On the morphology, teratology, and diclinism of the flowers of cannabis - Number 12
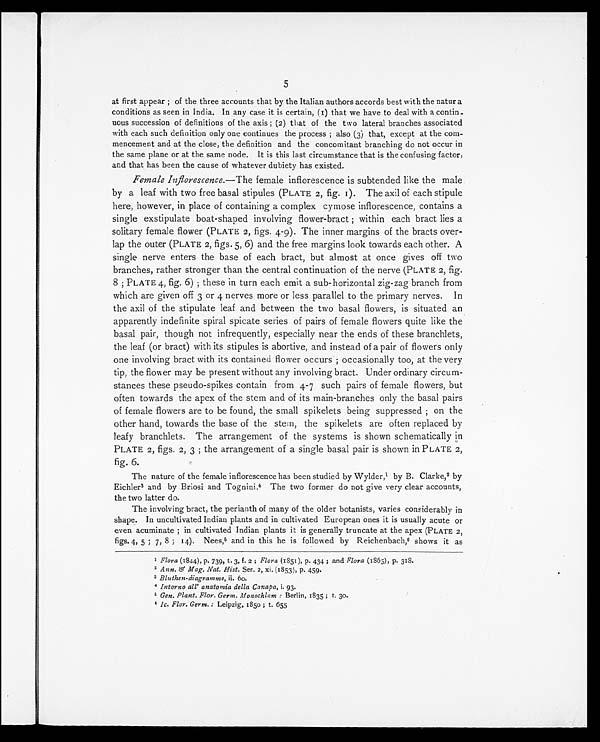
5
at first appear ; of the three accounts that by the Italian authors accords best with the natur a
conditions as seen in India. In any case it is certain, (1) that we have to deal with a contin-
uous succession of definitions of the axis ; (2) that of the two lateral branches associated
with each such definition only one continues the process ; also (3) that, except at the com-
mencement and at the close, the definition and the concomitant branching do not occur in
the same plane or at the same node. It is this last circumstance that is the confusing factor,
and that has been the cause of whatever dubiety has existed.
Female Inflorescence. —The female inflorescence is subtended like the male
by a leaf with two free basal stipules (PLATE 2, fig. 1). The axil of each stipule
here, however, in place of containing a complex cymose inflorescence, contains a
single exstipulate boat-shaped involving flower-bract ; within each bract lies a
solitary female flower (PLATE 2, figs. 4-9). The inner margins of the bracts over-
lap the outer (PLATE 2, figs. 5, 6) and the free margins look towards each other. A
single nerve enters the base of each bract, but almost at once gives off two
branches, rather stronger than the central continuation of the nerve (PLATE 2, fig.
8 ; PLATE 4, fig. 6) ; these in turn each emit a sub-horizontal zig-zag branch from
which are given off 3 or 4 nerves more or less parallel to the primary nerves. In
the axil of the stipulate leaf and between the two basal flowers, is situated an
apparently indefinite spiral spicate series of pairs of female flowers quite like the
basal pair, though not infrequently, especially near the ends of these branchlets,
the leaf (or bract) with its stipules is abortive, and instead of a pair of flowers only
one involving bract with its contained flower occurs ; occasionally too, at the very
tip, the flower may be present without any involving bract. Under ordinary circum-
stances these pseudo-spikes contain from 4-7 such pairs of female flowers, but
often towards the apex of the stem and of its main-branches only the basal pairs
of female flowers are to be found, the small spikelets being suppressed ; on the
other hand, towards the base of the stem, the spikelets are often replaced by
leafy branchlets. The arrangement of the systems is shown schematically in
PLATE 2, figs. 2, 3 ; the arrangement of a single basal pair is shown in PLATE 2,
fig. 6.
The nature of the female inflorescence has been studied by Wylder, 1 by B. Clarke, 2 by
Eichler3and by Briosi and Tognini.4The two former do not give very clear accounts,
the two latter do.
The involving bract, the perianth of many of the older botanists, varies considerably in
shape. In uncultivated Indian plants and in cultivated European ones it is usually acute or
even acuminate ; in cultivated Indian plants it is generally truncate at the apex (PLATE 2,
figs. 4, 5 ; 7, 8 ; 14). Nees,5 and in this he is followed by Reichenbach,6shows it as
1 Flora (1844), p. 739, t. 3, f. 2 ; Flora (1851), p. 434 ; and Flora (1865), p. 318.
2 Ann. & Mag. Nat. Hist. Ser. 2, xi. (1853), p. 459.
3 Bluthen-diagramme, ii. 60.
4 Intorno all' anatomia della Canapa, i. 93.
5 Gen. Plant. Flor. Germ. Monochlam : Berlin, 1835 ; t. 30.
6 Ic. Flor. Germ. : Leipzig, 1850 ; t. 655